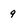
Character: q